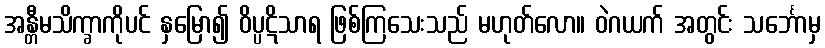
အန္တီမသိက္ခာကိုပင် နှမြော၍ ဝိပ္ပဋိသာရ ဖြစ်ကြသေးသည် မဟုတ်လော။ ဝဲဂယက် အတွင်း သင်္ဘောမှ